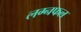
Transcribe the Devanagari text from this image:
लग्नफल